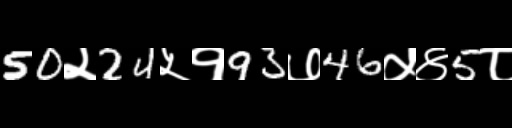
Text: 50२24५१93७46५४5८